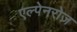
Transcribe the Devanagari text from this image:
एल्पेनरोज़